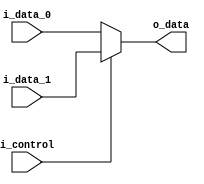
module mux(
        i_control,
        i_data_0,
        i_data_1,
        o_data
    );

    parameter data_size = 32;

    input i_control;
    input [data_size-1:0] i_data_0, i_data_1;
    output reg [data_size-1:0] o_data;

    always @* begin
        if(i_control) o_data = i_data_1;
        else o_data = i_data_0;
    end

endmodule